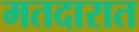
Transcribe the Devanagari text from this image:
मतदारात